Report on sanitation, dispensaries, and jails in Rajputana for 1918, and on vaccination for the year 1918-1919 - 1918-1919
Year: 1918
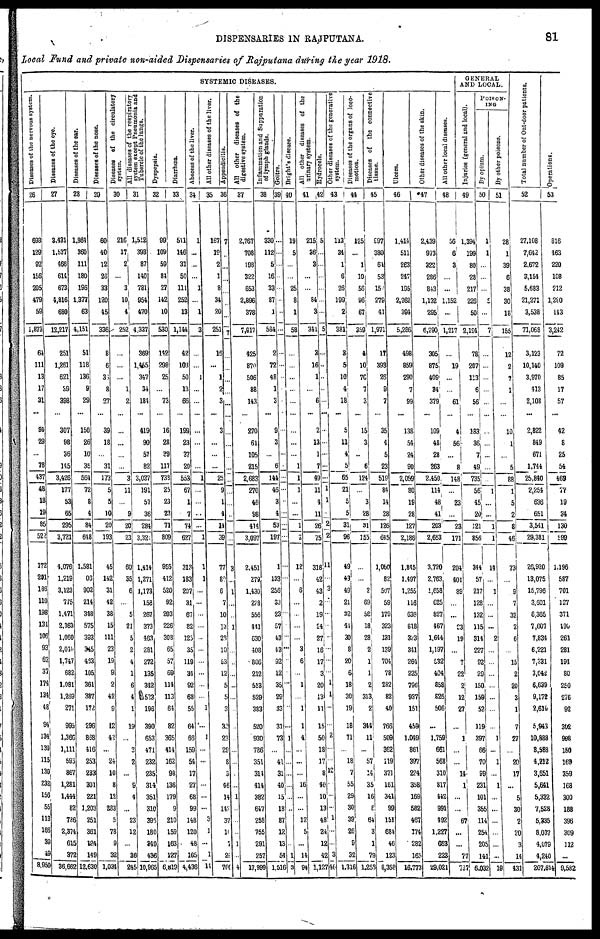
DISPENSARIES IN RAJPUTANA.
81
Local Fund and private non-aided Dispensaries of Rajputana during the year 1918.
SYSTEMIC DISEASES.
Diseases of the nervous system.
26
693
129
92
156
205
479
59
1,873
64
111
13
17
31
...
94
29
...
78
437
48
18
19
85
522
172
291
186
110
198
131
106
93
62
37
174
134
1
94
134
139
115
130
232
156
55
113
163
39
49
8,950
Diseases of the eye.
27
3,431
1,537
466
614
673
4,816
680
12,217
251
1,261
621
39
398
...
307
98
36
145
3,426
177
53
65
295
3,721
4,076
1,219
3,123
775
1,471
2,363
1,060
2,040
1,747
682
1,081
1,269
271
995
1,366
1,111
593
867
1,281
1,444
82
786
2,374
615
372
36,662
Diseases of the ear.
28
1,864
360
111
180
196
1,377
63
4,151
51
118
136
9
29
...
150
26
10
35
564
72
8
4
84
648
1,581
06
902
214
348
575
393
345
463
105
361
387
172
296
858
416
253
233
301
221
1,203
251
361
124
149
12,630
Diseases of the nose.
20
60
40
12
26
33
120
45
336
8
6
36
8
27
...
39
18
...
31
173
5
5
10
20
193
45
142
31
42
38
15
111
23
19
9
2
42
9
12
42
...
24
10
8
12
233
5
78
9
32
1,034
Diseases of the circulatory
system.
30
216
17
2
...
3
10
4
252
...
...
1
2
...
...
...
...
...
3
11
...
9
20
23
60
35
6
...
5
21
5
2
4
1
6
4
1
19
...
3
2
...
9
4
...
23
12
...
36
245
All diseases of the respiratory
system except Pneumonia and
Tubercle of the lungs.
31
1,512
393
87
140
781
954
470
4,337
369
1,455
347
34
184
...
419
90
57
82
3,037
191
57
36
284
3,321
1,414
1,271
1,173
158
267
373
463
281
272
135
342
523
196
390
653
471
232
235
314
351
310
395
180
349
436
10,965
Dyspepsia.
32
99
109
59
84
27
142
10
530
142
298
25
...
73
...
16
28
39
117
738
25
23
23
71
809
955
412
520
92
203
226
308
65
57
69
114
113
64
82
365
414
162
98
136
179
9
210
159
163
127
6,819
Diarrhœa.
33
511
146
31
50
111
252
13
1,144
42
103
50
13
66
...
199
23
37
20
553
67
1
7
74
627
313
183
207
31
67
82
125
35
119
34
92
68
55
64
66
159
54
17
27
68
99
148
120
48
165
4,436
Abscess of the liver.
34
1
...
...
...
1
...
1
3
...
...
1
...
...
...
...
...
...
1
...
...
...
...
1
1
1
...
...
...
...
...
...
...
...
...
...
1
...
1
...
...
...
...
...
3
]
...
1
14
All other diseases of the liver.
35
167
19
2
1
8
34
20
251
16
...
1
2
3
...
3
...
...
...
25
9
1
4
14
39
77
80
6
7
10
13
28
10
53
12
5
5
3
32
23
29
8
3
46
14
142
37
10
7
2
766
Appendicitis.
36
7
...
...
...
...
...
...
7
...
...
...
...
...
...
...
...
...
...
...
...
...
...
...
3
...
1
...
...
1
...
...
...
...
...
...
...
...
...
...
...
...
...
1
...
...
...
1
...
4
All other diseases of the
digestive system.
37
2,767
708
198
322
653
2,896
378
7,917
425
870
506
88
143
...
270
61
105
215
2,683
270
46
98
414
3,097
2,451
279
1,430
278
556
441
630
408
806
212
513
529
383
520
930
786
351
314
414
382
647
258
755
291
257
17,999
Inflammation and Suppuration
of lymph glands.
38
330
112
5
16
33
87
1
584
2
72
48
1
3
...
9
3
...
6
144
46
3
4
53
197
1
133
256
33
23
57
43
43
92
12
35
29
33
31
73
...
41
31
40
15
18
87
12
13
54
1,516
Goitre.
38
...
...
...
...
...
...
...
...
...
...
...
...
...
...
...
...
...
...
...
...
...
...
...
...
...
...
...
...
...
...
...
...
...
...
1
...
...
...
...
...
...
...
1
3
Bright's disease.
40
19
5
...
...
25
8
1
58
...
...
...
...
...
...
...
...
...
1
1
1
...
...
1
2
12
...
6
...
...
...
...
3
6
...
1
...
1
1
4
...
...
...
16
...
...
12
5
...
14
94
All other diseases of the
urinary system.
41
215
26
3
...
...
84
3
341
3
16
1
...
6
...
2
13
1
7
49
11
4
11
26
75
318
43
43
2
19
24
27
16
17
3
20
13
11
15
50
18
17
8
40
10
13
48
24
12
42
1,127
Hydrocele.
42
5
...
...
...
...
...
...
5
...
...
...
...
...
...
...
...
...
...
...
1
1
...
2
2
11
...
3
...
...
...
...
...
...
...
1
1
...
...
2
...
...
10
...
...
...
1
...
...
3
46
Other diseases of the generative
system.
43
113
34
1
6
26
199
2
381
3
5
10
4
18
...
5
11
4
5
65
21
5
5
31
96
49
43
49
21
22
41
30
8
20
6
18
30
19
18
71
...
18
7
55
29
30
39
26
9
32
1,316
Diseases of the organs of loco-
motion.
44
125
...
1
10
56
96
67
359
4
10
76
7
3
...
15
3
...
6
124
...
3
28
01
155
...
...
2
69
58
18
28
2
1
1
2
313
2
344
11
...
57
14
35
16
8
64
3
1
79
1,258
Diseases of the connective
tissue.
45
997
380
64
53
15
279
41
1,971
17
393
26
9
7
...
35
4
5
23
519
84
14
28
126
645
1,060
82
507
59
179
323
131
139
704
78
282
82
40
766
509
362
119
371
161
341
99
151
684
46
123
8,358
Ulcers.
46
1,414
511
263
247
195
2,262
394
5,286
498
859
290
7
99
...
138
54
24
90
2,059
80
19
28
127
2,186
1,845
1,497
1.255
116
636
818
323
341
264
225
796
937
151
459
1,049
861
397
224
358
169
582
467
174
282
165
16,773
Other diseases of the skin.
47
2.439
973
322
286
843
1,132
295
6,290
305
875
409
34
379
...
109
48
28
263
2,450
114
48
41
203
2,653
3,720
2,763
1,658
625
827
467
1,644
1,197
532
404
858
606
506
...
1,759
661
568
310
817
442
991
492
1,227
663
223
29,021
All other local diseases.
48
56
6
3
...
...
1,152
...
1,217
...
19
...
...
61
...
4
56
...
8
148
...
23
...
23
171
204
401
89
...
...
23
19
...
7
22
2
12
27
...
1
...
...
14
1
...
...
67
...
...
77
737
GENERAL
AND LOCAL.
Injuries (general and local).
49
1,394
199
80
28
217
226
50
2,194
78
207
113
6
56
...
183
86
7
49
735
56
45
20
121
856
344
57
217
128
132
115
314
227
92
29
150
159
52
119
397
66
70
99
231
101
355
114
254
205
141
6,032
POISON¬
---
By opium.
50
1
1
...
...
...
5
... 7
...
...
...
...
...
...
...
...
...
...
...
1
...
...
1
1
14
...
1
...
...
...
2
...
...
...
...
...
...
...
1
...
1
...
1
...
...
...
...
...
...
19
By other poisons.
51
28
1
39
6
38
30
18
155
12
2
7
1
...
...
10
1
...
5
88
1
5
2
8
46
73
...
9
7
32
2
6
...
15
2
20
3
1
7
27
...
20
17
...
5
30
2
20
3
14
431
Total number of Out-door patients.
52
27,108
7,642
2,672
3,154
5,683
21,271
3,538
71,068
3,123
10,140
3,970
413
2,108
...
2,822
849
671
1,744
25,840
2,254
636
651
3,541
29,381
26,920
13,075
15,796
3,601
6,365
7,607
7,834
6,221
7,331
3,042
6,639
9,172
2,610
5,943
10,888
8,588
4,212
3,651
5,641
5,332
7,528
5,335
8,037
4,079
4,240
207,614
Operations.
53
816
463
220
108
212
1,280
143
3,242
72
109
85
17
57
...
42
8
25
54
469
77
19
34
130
599
1,196
587
701
127
371
190
261
281
194
80
250
276
92
302
998
150
169
359
168
300
188
396
309
112
...
9,582